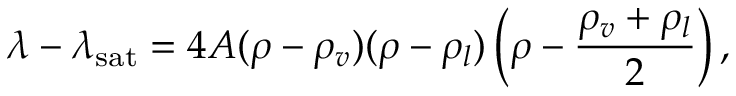
\lambda - \lambda _ { \mathrm { s a t } } = 4 A ( \rho - \rho _ { v } ) ( \rho - \rho _ { l } ) \left( \rho - \frac { \rho _ { v } + \rho _ { l } } { 2 } \right) ,